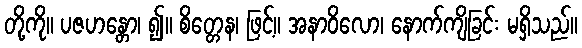
တို့ကို။ ပဇဟန္တော၊ ၍။ စိတ္တေန၊ ဖြင့်။ အနာဝိလော၊ နောက်ကျိခြင်း မရှိသည်။